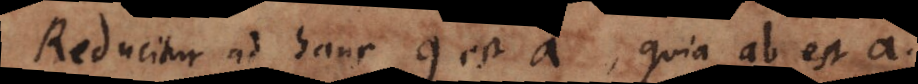
reducitur ad hanc q est a, quia ab est a.